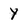
Character: y